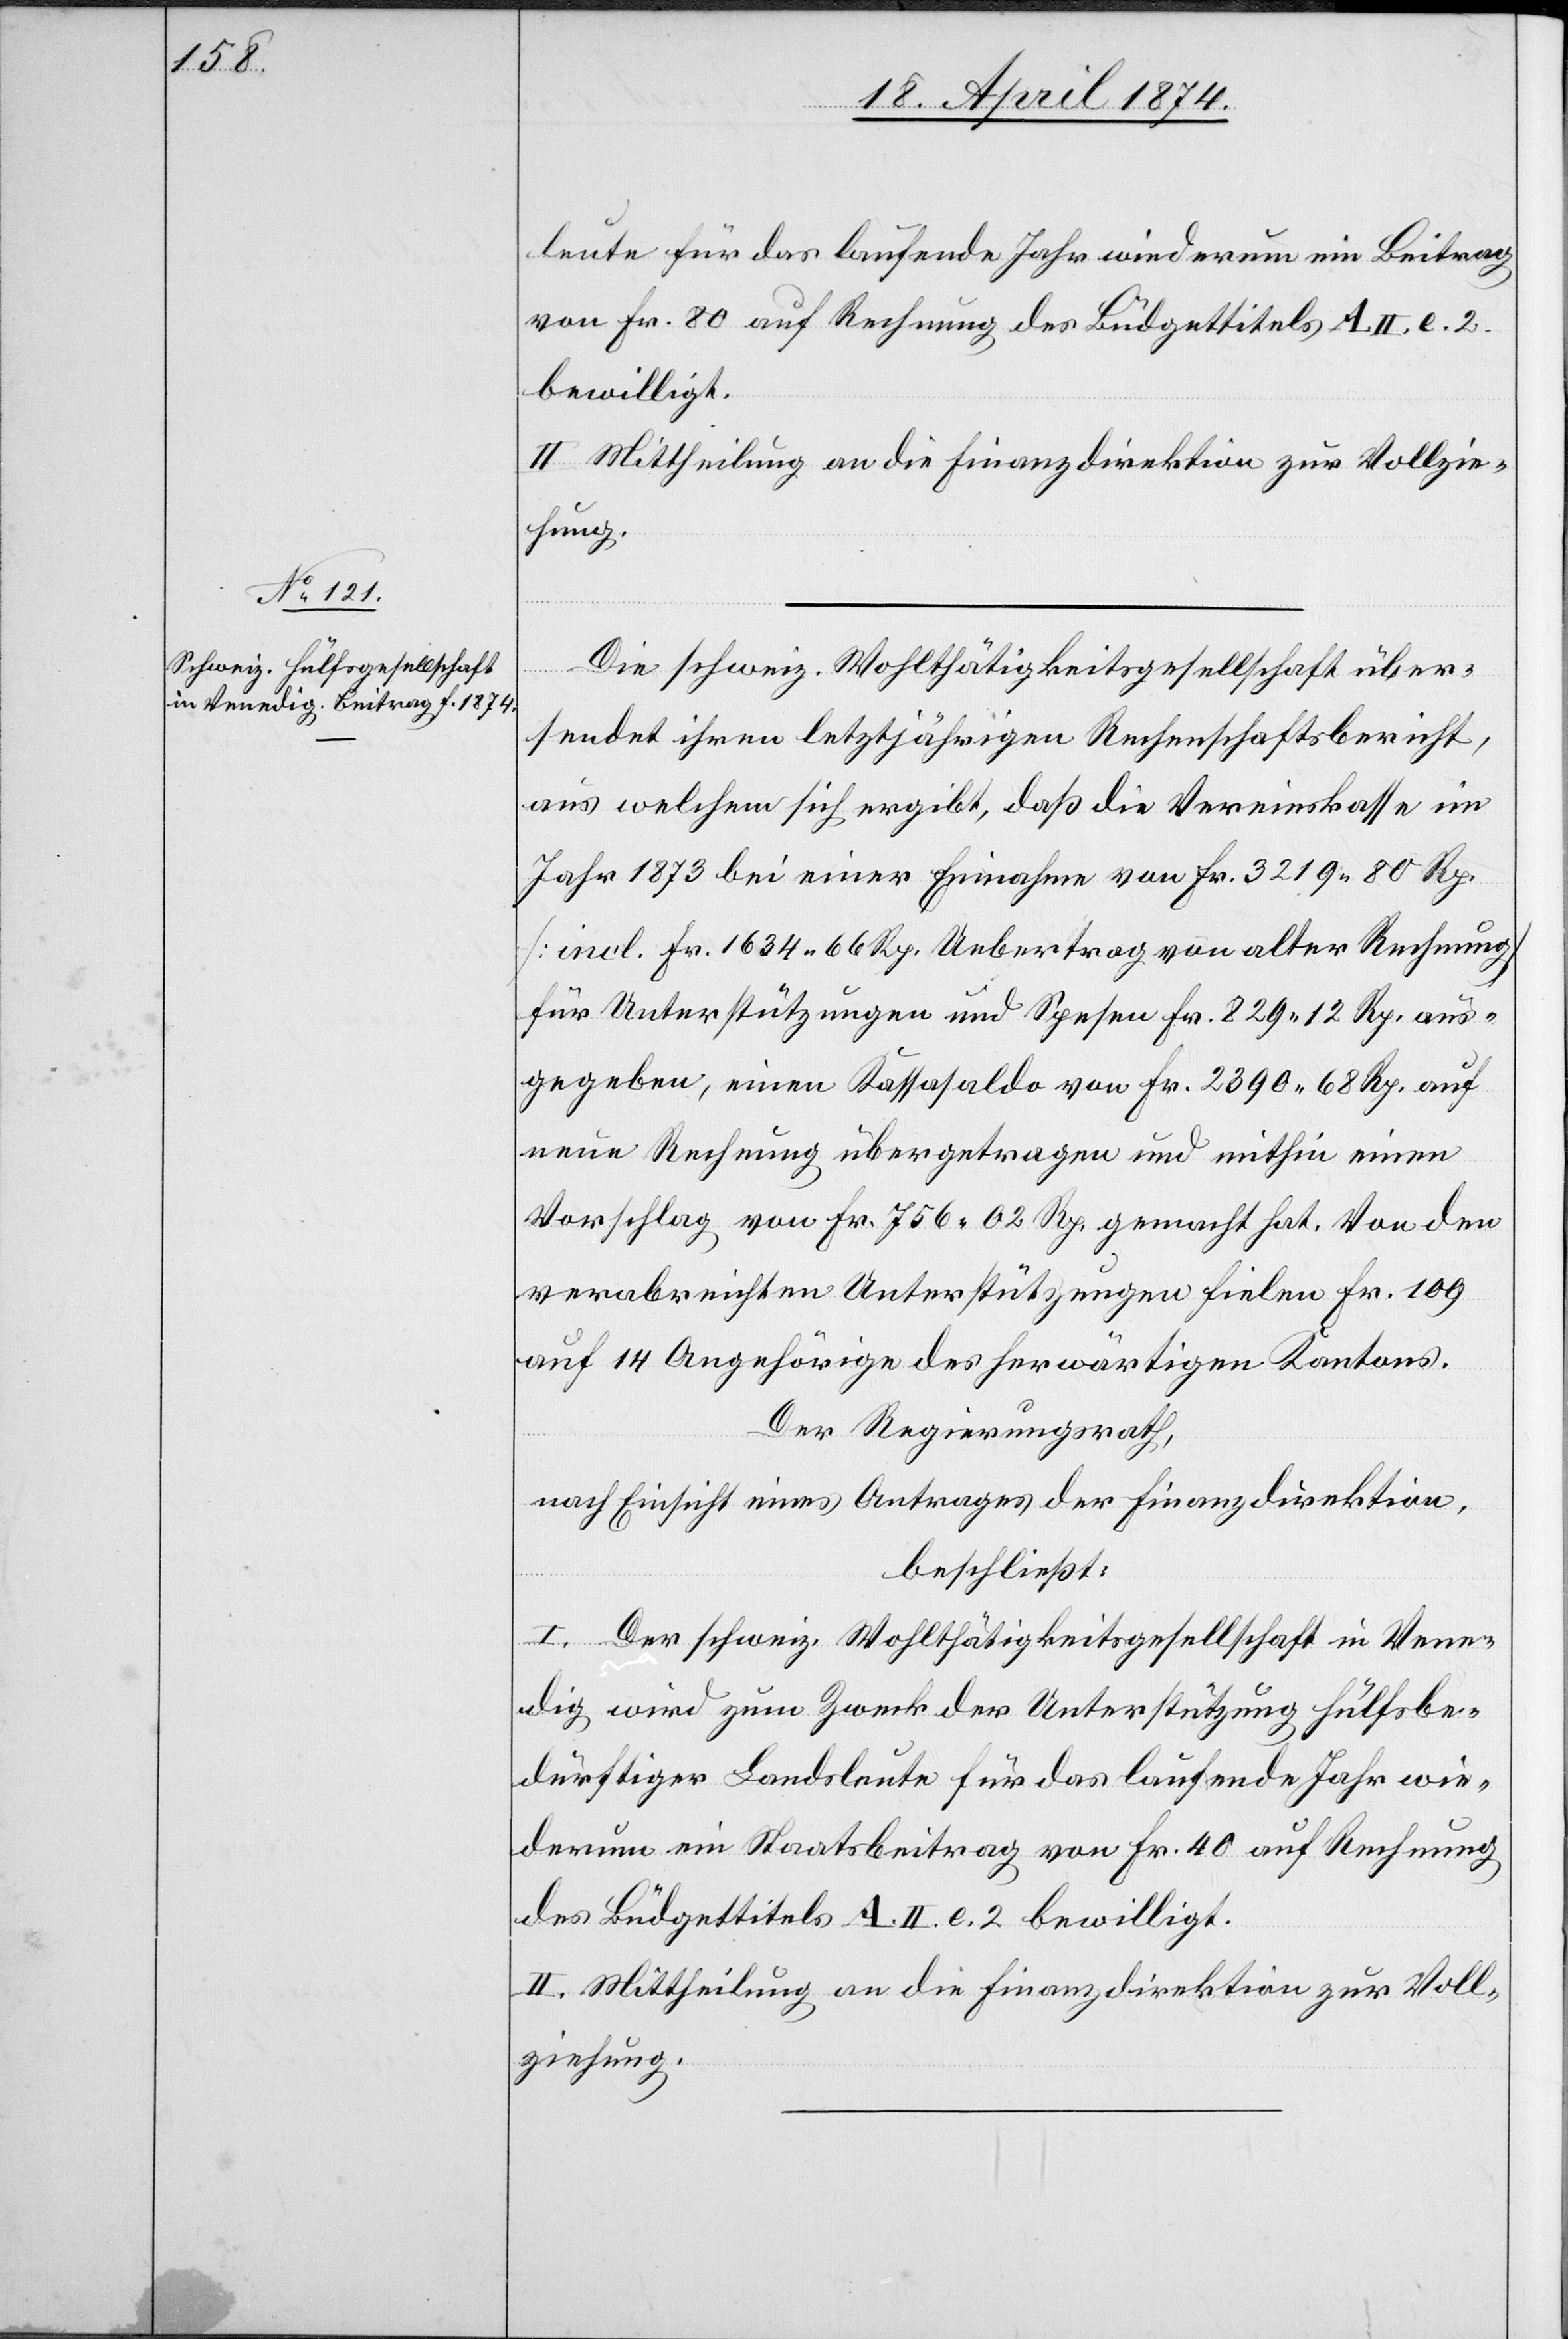
leute für das laufende Jahr wiederum ein Beitrag
von Fr. 80 auf Rechnung des Büdgettitels A. II. e. 2.
bewilligt.
II. Mittheilung an die Finanzdirektion zur Vollzie¬
hung.
Die schweiz. Wohltätigkeitsgesellschaft über¬
sendet ihren letztjährigen Rechenschaftsbericht,
aus welchem sich ergibt, daß die Vereinskasse im
Jahr 1873 bei einer Einnahme von Fr. 3219.80 Rp.
[incl. Fr. 1634.66 Rp. Uebertrag von alter Rechnung]
für Unterstützungen und Spesen Fr. 829.12 Rp. aus¬
gegeben, einen Kassasaldo von Fr. 2390.68 Rp. auf
neue Rechnung übergetragen und mithin einen
Vorschlag von Fr. 756.02 Rp. gemacht hat. Von den
verabreichten Unterstützungen fielen Fr. 109
auf 14 Angehörige des herwärtigen Kantons.
Der Regierungsrath,
nach Einsicht eines Antrages der Finanzdirektion,
beschließt:
I. Der schweiz. Wohltätigkeitsgesellschaft in Vene¬
dig wird zum Zweck der Unterstützung hülfsbe¬
dürftiger Landsleute für das laufende Jahr wie¬
derum ein Staatsbeitrag von Fr. 40 auf Rechnung
des Büdgettitels A. II. e. 2 bewilligt.
II. Mittheilung an die Finanzdirektion zur Voll¬
ziehung.